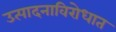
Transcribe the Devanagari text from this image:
उत्पादनाविरोधात